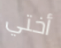
أختي